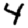
Digit: 4